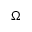
\Omega